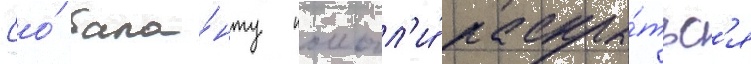
Ео́ тала́нту помогл'и́ раскры́тьс'я